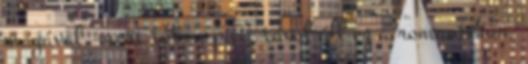
magával, mert tőlem picit távol áll ez a romantikus,